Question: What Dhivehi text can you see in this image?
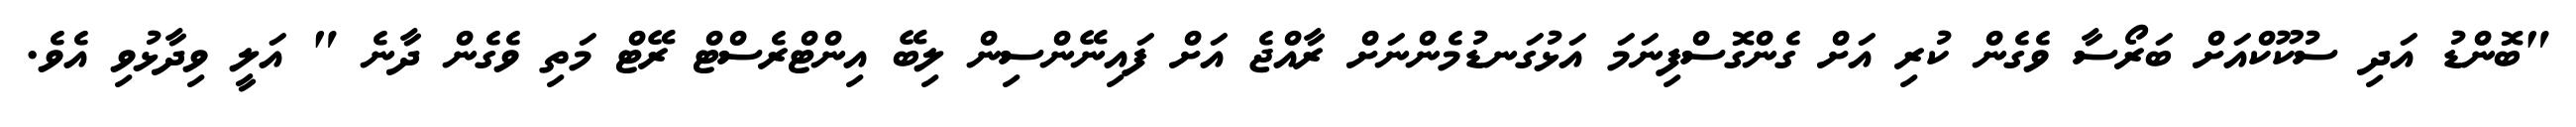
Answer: "ބޮންޑު އަދި ސުކޫކްއަށް ބަރޯސާ ވެގެން ކުރި އަށް ގެންގޮސްފިނަމަ އަޅުގަނޑުމެންނަށް ރާއްޖެ އަށް ފައިނޭންސިން ލިބޭ އިންޓްރެސްޓް ރޭޓް މަތި ވެގެން ދާނެ " އަލީ ވިދާޅުވި އެވެ.